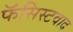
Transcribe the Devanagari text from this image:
फॅसिस्टवाद